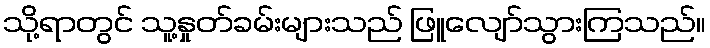
သို့ရာတွင် သူ့နှုတ်ခမ်းများသည် ဖြူလျော်သွားကြသည်။